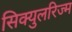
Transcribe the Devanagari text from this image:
सिक्युलरिज्म